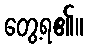
တွေ့ရ၏။